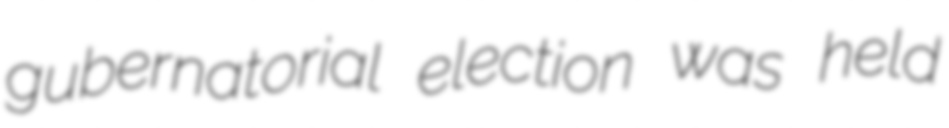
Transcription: gubernatorial election was held